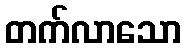
တက်လာသော